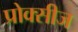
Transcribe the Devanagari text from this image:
प्रोक्सीज